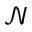
\mathcal { N }